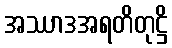
အဿာဒအရတိတုဋ္ဌိ